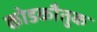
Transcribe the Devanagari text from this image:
कोडकौतुक